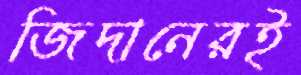
জিদানেরই